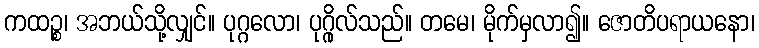
ကထဉ္စ၊ အဘယ်သို့လျှင်။ ပုဂ္ဂလော၊ ပုဂ္ဂိုလ်သည်။ တမေ၊ မိုက်မှလာ၍။ ဇောတိပရာယနော၊